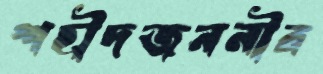
শহীদজননীর